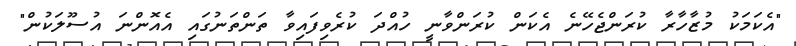
"އެކަމަކު މުޒާހާރާ ކުރަންޖެހޭނެ އެކަން ކުރަންވާނީ ހުއްދަ ކުރެވިފައިވާ ތަންތަނުގައި އެއޮންނަ އުސޫލަކުން"